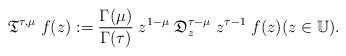
LaTeX: \begin{align*}{\mathfrak T}^{\tau,\mu}\;f(z) := \frac{\Gamma(\mu)}{\Gamma(\tau )} \; z^{1-\mu}\;\mathfrak{D}^{\tau-\mu}_{z}\; z^{\tau-1} \;f(z) (z \in \mathbb{U}) .\end{align*}